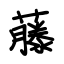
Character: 藤